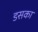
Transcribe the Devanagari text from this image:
डसका